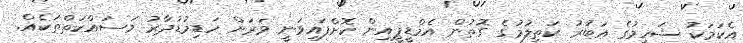
އެކަމަކު ޝަހީމުގެ އަބުރު ކަތިލުމުގެ ގޮތުން އެމްޑީޕީއިން ކޮށްފައިވަނީ ވަރަށް ހަޑިމުޑުދާރު މަސައްކަތްތަކެއް.